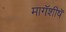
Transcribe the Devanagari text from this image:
मागॅशीषॅ